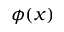
\phi ( x )